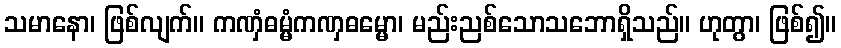
သမာနော၊ ဖြစ်လျက်။ ကဏှံဓမ္မံကဏှဓမ္မော၊ မည်းညစ်သောသဘောရှိသည်။ ဟုတွာ၊ ဖြစ်၍။